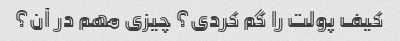
کیف پولت را گم کردی؟ چیزی مهم در آن؟